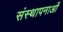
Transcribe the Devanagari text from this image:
संस्‍थापनाओं